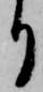
り